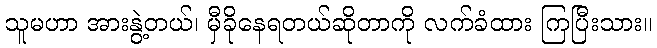
သူမဟာ အားနွဲ့တယ်၊ မှီခိုနေရတယ်ဆိုတာကို လက်ခံထား ကြပြီးသား။